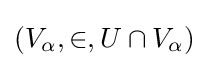
(V_{\alpha },\in ,U\cap V_{\alpha })